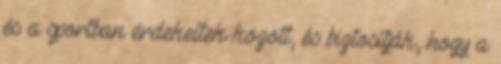
és a sportban érdekeltek között, és biztosítják, hogy a